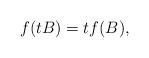
LaTeX: \begin{align*}f(tB)=tf(B),\end{align*}